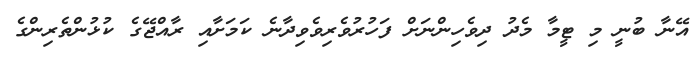
އޭނާ ބުނީ މި ޓީމާ މެދު ދިވެހިންނަށް ފަހުރުވެރިވެވިދާނެ ކަމަށާއި ރާއްޖޭގެ ކުޅުންތެރިންގެ